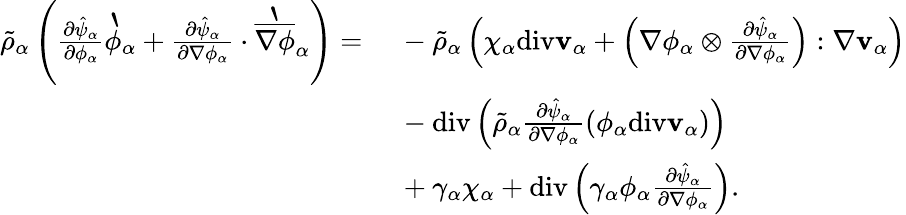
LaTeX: \begin{array}{rl}{\tilde{\rho}_{\alpha}\left(\frac{\partial\hat{\psi}_{\alpha}}{\partial\phi_{\alpha}}\grave{\phi}_{\alpha}+\frac{\partial\hat{\psi}_{\alpha}}{\partial\nabla\phi_{\alpha}}\cdot\grave{\overline{{\nabla\phi}}}_{\alpha}\right)=}&{~-\tilde{\rho}_{\alpha}\left(\chi_{\alpha}\mathrm{div}\mathbf{v}_{\alpha}+\left(\nabla\phi_{\alpha}\otimes\frac{\partial\hat{\psi}_{\alpha}}{\partial\nabla\phi_{\alpha}}\right):\nabla\mathbf{v}_{\alpha}\right)}\\ &{~-\mathrm{div}\left(\tilde{\rho}_{\alpha}\frac{\partial\hat{\psi}_{\alpha}}{\partial\nabla\phi_{\alpha}}\left(\phi_{\alpha}\mathrm{div}\mathbf{v}_{\alpha}\right)\right)}\\ &{~+\gamma_{\alpha}\chi_{\alpha}+\mathrm{div}\left(\gamma_{\alpha}\phi_{\alpha}\frac{\partial\hat{\psi}_{\alpha}}{\partial\nabla\phi_{\alpha}}\right).}\end{array}